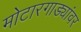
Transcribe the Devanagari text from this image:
मोटारगाड्यांवर